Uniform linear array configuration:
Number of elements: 4
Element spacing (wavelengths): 1
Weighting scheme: cosine
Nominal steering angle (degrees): -45
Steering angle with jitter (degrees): -44.222
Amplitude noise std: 0.05
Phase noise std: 0.05

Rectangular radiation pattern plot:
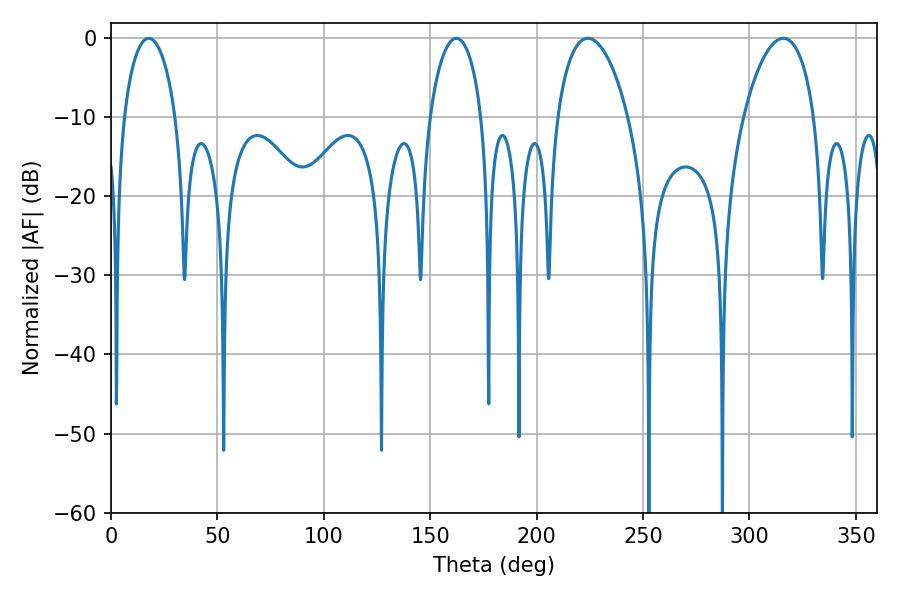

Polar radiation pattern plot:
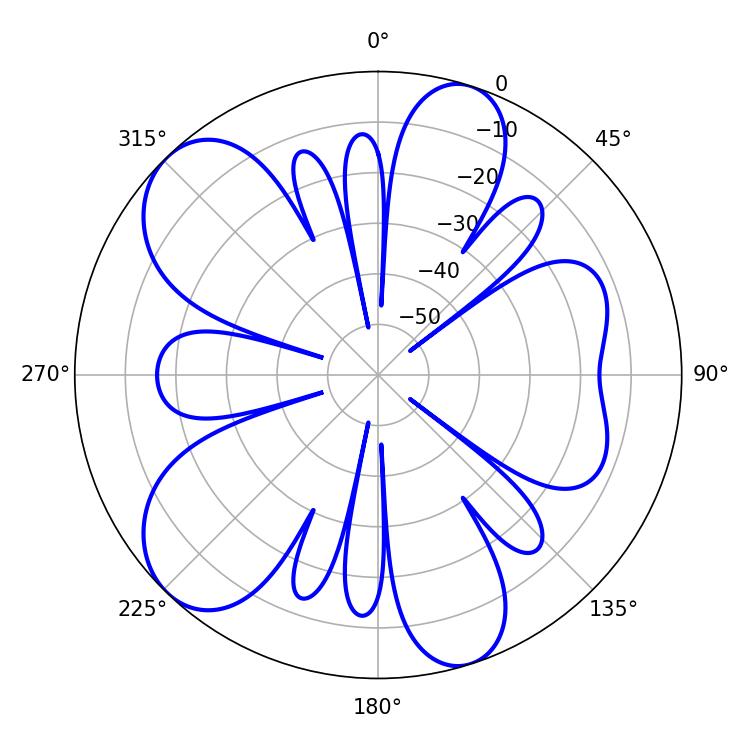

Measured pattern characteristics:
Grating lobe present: TRUE
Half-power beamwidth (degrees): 18.72
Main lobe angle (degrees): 224.1